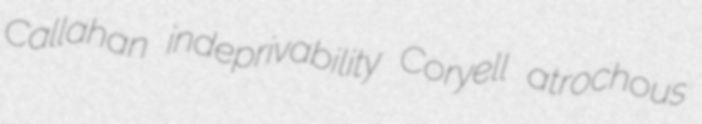
Callahan indeprivability Coryell atrochous